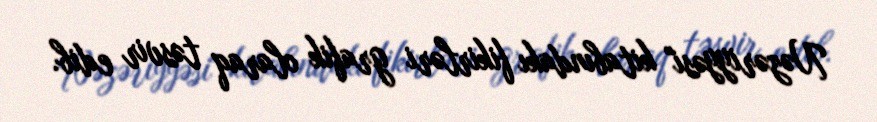
Nəzəriyyəsi" kitabındakı fikirləri grafik olaraq təsvir edib.